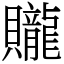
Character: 贚